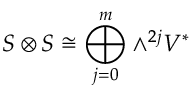
S \otimes S \cong \bigoplus _ { j = 0 } ^ { m } \wedge ^ { 2 j } V ^ { * }